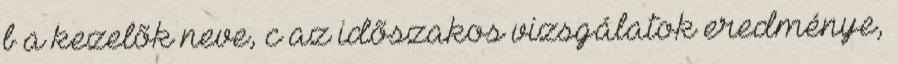
b a kezelõk neve, c az idõszakos vizsgálatok eredménye,